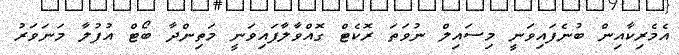
އެމެރިކާއިން ބުނެފައިވަނީ މިސައިލް ނުވަތަ ރޮކެޓް ގޮއްވާލާފައިވަނީ މަތިންދާ ބޯޓް އުފުލާ މަނަވަރު